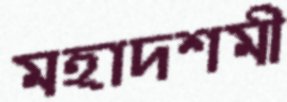
মহাদশমী